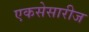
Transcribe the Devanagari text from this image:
एकसेसारीज